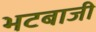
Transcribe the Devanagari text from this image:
भटबाजी